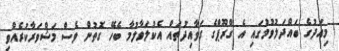
މިއަދުގެ ބައްދަލުވުމުގައި އެ ގްރޫޕްގެ ގަވާއިދުތައް އެކުލަވާލުމާ ބެހޭ ގޮތުން ވެސް މަޝްވަރާކުރެއްވި